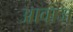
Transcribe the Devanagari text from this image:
अावाज